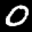
Label: 0